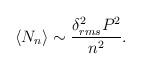
LaTeX: \begin{align*}\langle N_{n} \rangle \sim \frac{\delta_{rms}^2P^2}{n^2}.\end{align*}